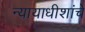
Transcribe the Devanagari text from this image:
न्यायाधीशांचे